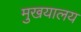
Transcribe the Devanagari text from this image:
मुखयालय